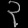
Digit: ၃